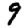
Digit: 9